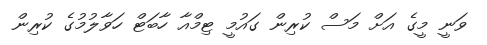
ވަނީ މީގެ އަށް މަސް ކުރިން ގައުމީ ޓިމްއާ ހާބަޓް ހަވާލުމުގެ ކުރިން